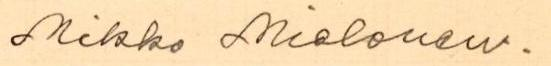
Mikko Mielonen.